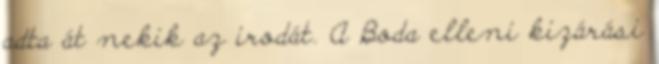
adta át nekik az irodát. A Boda elleni kizárási